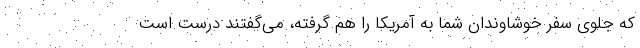
که جلوی سفر خوشاوندان شما به آمریکا را هم گرفته، می‌گفتند درست است